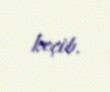
keçib.